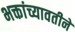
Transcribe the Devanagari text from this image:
भक्तांच्यावतीने